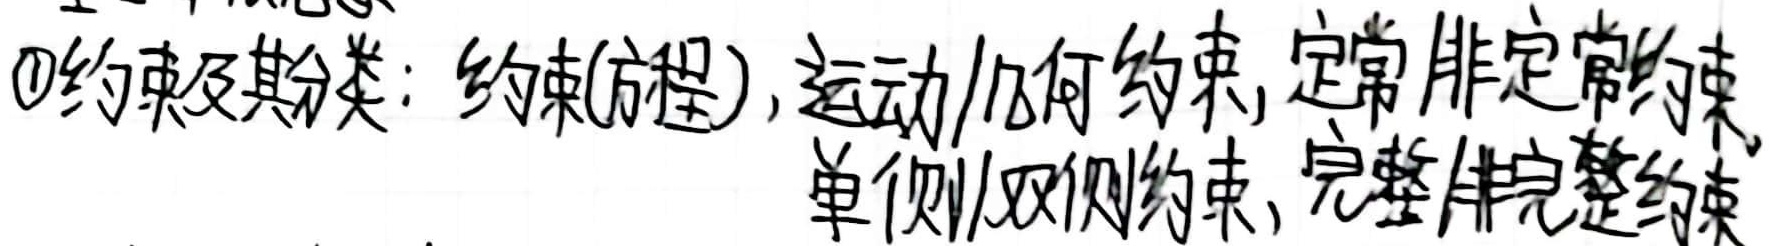
\textcircled{1} 约束及其分类：约束(方程)，运动/几何约束，定常/非定常约束， 单侧/双侧约束，完整/非完整约束